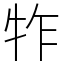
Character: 㸲